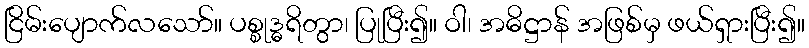
ငြိမ်းပျောက်လသော်။ ပစ္စုဒ္ဓရိတွာ၊ ပြုပြီး၍။ ဝါ၊ အဓိဋ္ဌာန် အဖြစ်မှ ဖယ်ရှားပြီး၍။